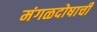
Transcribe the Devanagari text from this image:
मंगळदोषाची